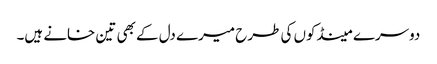
دوسرے مینڈکوں کی طرح میرے دل کے بھی تین خانے ہیں۔